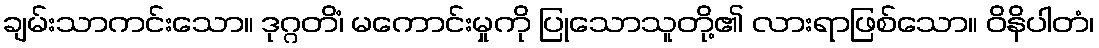
ချမ်းသာကင်းသော။ ဒုဂ္ဂတိံ၊ မကောင်းမှုကို ပြုသောသူတို့၏ လားရာဖြစ်သော။ ဝိနိပါတံ၊